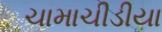
ચામાચીડીયા